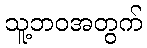
သူ့ဘဝအတွက်